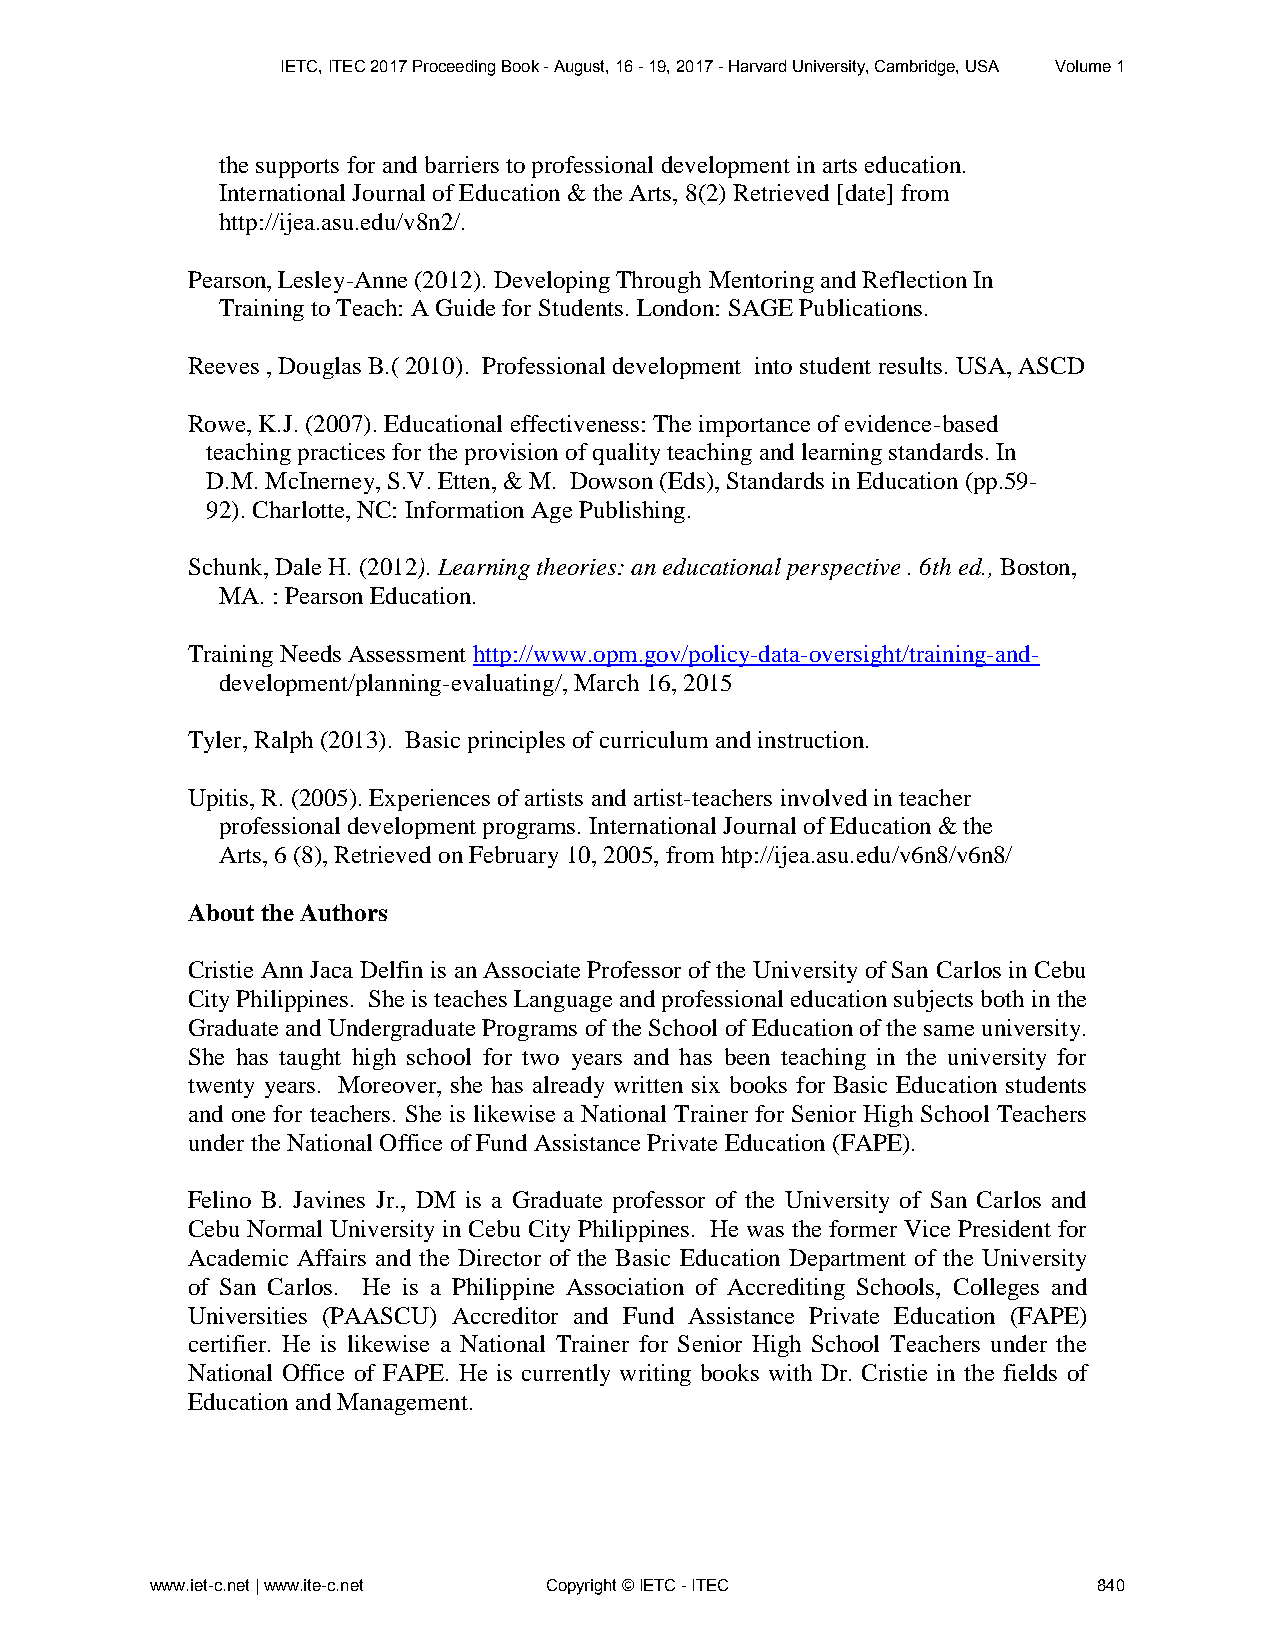
IETC, ITEC 2017 Proceeding Book - August, 16 - 19, 2017 - Harvard University, Cambridge, USA Volume 1
 the supports for and barriers to professional development in arts education.
 International Journal of Education & the Arts, 8(2) Retrieved [date] from
 http://ijea.asu.edu/v8n2/.
 Pearson, Lesley-Anne (2012). Developing Through Mentoring and Reflection In
 Training to Teach: A Guide for Students. London: SAGE Publications.
 Reeves , Douglas B.( 2010). Professional development into student results. USA, ASCD
 Rowe, K.J. (2007). Educational effectiveness: The importance of evidence-based
 teaching practices for the provision of quality teaching and learning standards. In
 D.M. McInerney, S.V. Etten, & M. Dowson (Eds), Standards in Education (pp.59-
 92). Charlotte, NC: Information Age Publishing.
 Schunk, Dale H. (2012). Learning theories: an educational perspective . 6th ed., Boston,
 MA. : Pearson Education.
 Training Needs Assessment http://www.opm.gov/policy-data-oversight/training-and-
 development/planning-evaluating/, March 16, 2015
 Tyler, Ralph (2013). Basic principles of curriculum and instruction.
 Upitis, R. (2005). Experiences of artists and artist-teachers involved in teacher
 professional development programs. International Journal of Education & the
 Arts, 6 (8), Retrieved on February 10, 2005, from htp://ijea.asu.edu/v6n8/v6n8/
 About the Authors
 Cristie Ann Jaca Delfin is an Associate Professor of the University of San Carlos in Cebu
 City Philippines. She is teaches Language and professional education subjects both in the
 Graduate and Undergraduate Programs of the School of Education of the same university.
 She has taught high school for two years and has been teaching in the university for
 twenty years. Moreover, she has already written six books for Basic Education students
 and one for teachers. She is likewise a National Trainer for Senior High School Teachers
 under the National Office of Fund Assistance Private Education (FAPE).
 Felino B. Javines Jr., DM is a Graduate professor of the University of San Carlos and
 Cebu Normal University in Cebu City Philippines. He was the former Vice President for
 Academic Affairs and the Director of the Basic Education Department of the University
 of San Carlos. He is a Philippine Association of Accrediting Schools, Colleges and
 Universities (PAASCU) Accreditor and Fund Assistance Private Education (FAPE)
 certifier. He is likewise a National Trainer for Senior High School Teachers under the
 National Office of FAPE. He is currently writing books with Dr. Cristie in the fields of
 Education and Management.
 www.iet-c.net | www.ite-c.net Copyright © IETC - ITEC          840